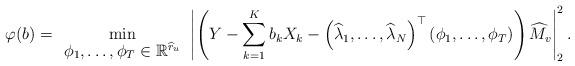
LaTeX: \begin{align*}\varphi(b) = \min\limits_{\begin{array}{c}\phi_1,\dots, \phi_{T} \in \mathbb{R}^{\widehat{r}_u}\end{array}} \left|\left(Y-\sum_{k=1}^K b_kX_{k}-\left(\widehat{\lambda}_1,\dots,\widehat{\lambda}_N\right)^\top \left(\phi_1,\dots,\phi_T\right)\right)\widehat{M}_v\right|^2_2.\end{align*}